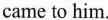
came to him.